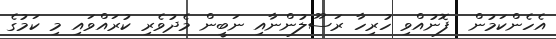
އެހެންކަމުން  ފޮނުއްވި ހުރިހާ ރަސޫލުންނާއި ނަބީން މެދުވެރި ކުރައްވައި މި ކަމުގެ